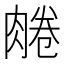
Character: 𦝘